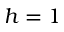
h = 1